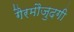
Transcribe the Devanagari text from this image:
गैरमौजुदगी